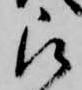
被